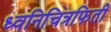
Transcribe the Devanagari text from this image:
ध्वनिचित्रफिती